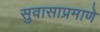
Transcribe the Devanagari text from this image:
सुवासाप्रमाणे